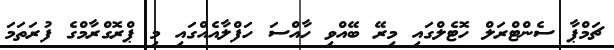
ޗަމްޕާ ސެންޓްރަލް ހޮޓެލްގައި މިރޭ ބޭއްވި ހާއްސަ ހަފްލާއެއްގައި މި ޕްރޮގްރާމްގެ ފުރަތަމަ